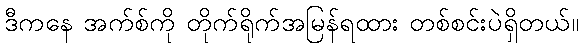
ဒီကနေ အက်စ်ကို တိုက်ရိုက်အမြန်ရထား တစ်စင်းပဲရှိတယ်။